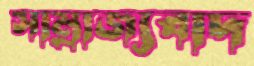
সাম্রাজ্যবাদ